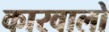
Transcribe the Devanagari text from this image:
कारवालो